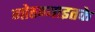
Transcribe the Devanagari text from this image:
गोठण्याइतके